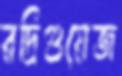
রদ্রিগুয়েজ